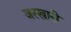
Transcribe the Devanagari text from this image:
जरखारी